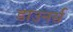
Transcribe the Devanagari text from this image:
डाउनर्स